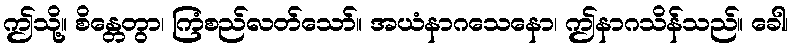
ဤသို့။ စိန္တေတွာ၊ ကြံစည်လတ်သော်။ အယံနာဂသေနော၊ ဤနာဂသိန်သည်။ ခေါ၊